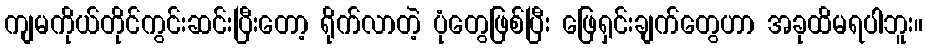
ကျမကိုယ်တိုင်ကွင်းဆင်းပြီးတော့ ရိုက်လာတဲ့ ပုံတွေဖြစ်ပြီး ဖြေရှင်းချက်တွေဟာ အခုထိမရပါဘူး။